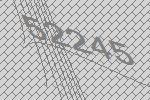
52245